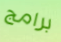
برامج